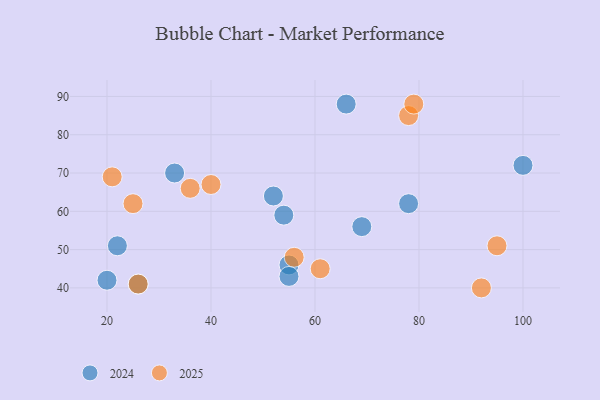
{"axis": {"x": "GDP", "y": "Life Expectancy"}, "legend": ["2024", "2025"], "data": [{"x": "26", "y": 41, "type": "2025"}, {"x": "56", "y": 48, "type": "2025"}, {"x": "78", "y": 85, "type": "2025"}, {"x": "21", "y": 69, "type": "2025"}, {"x": "36", "y": 66, "type": "2025"}, {"x": "95", "y": 51, "type": "2025"}, {"x": "92", "y": 40, "type": "2025"}, {"x": "40", "y": 67, "type": "2025"}, {"x": "25", "y": 62, "type": "2025"}, {"x": "61", "y": 45, "type": "2025"}, {"x": "79", "y": 88, "type": "2025"}, {"x": "52", "y": 64, "type": "2024"}, {"x": "26", "y": 41, "type": "2024"}, {"x": "55", "y": 46, "type": "2024"}, {"x": "54", "y": 59, "type": "2024"}, {"x": "78", "y": 62, "type": "2024"}, {"x": "20", "y": 42, "type": "2024"}, {"x": "100", "y": 72, "type": "2024"}, {"x": "69", "y": 56, "type": "2024"}, {"x": "55", "y": 43, "type": "2024"}, {"x": "66", "y": 88, "type": "2024"}, {"x": "33", "y": 70, "type": "2024"}, {"x": "22", "y": 51, "type": "2024"}]}